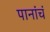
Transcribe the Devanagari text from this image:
पानांचं